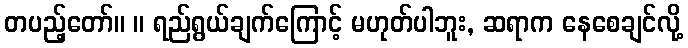
တပည့်တော်။ ။ ရည်ရွယ်ချက်ကြောင့် မဟုတ်ပါဘူး, ဆရာက နေစေချင်လို့